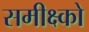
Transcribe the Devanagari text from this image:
समीक्ष्को